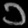
Digit: ၁